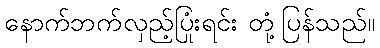
နောက်ဘက်လှည့်ပြုံးရင်း တုံ့ပြန်သည်။